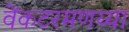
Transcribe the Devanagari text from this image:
वेंकटरमणय्या